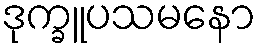
ဒုက္ခူပသမနော